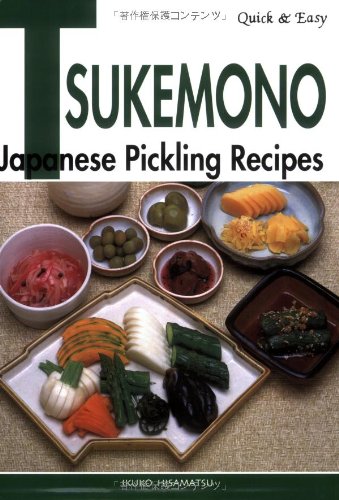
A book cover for Quick & Easy Tsukemono: Japanese Pickling Recipes; Ikuko Hisamatsu; Cookbooks, Food & Wine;